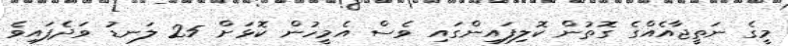
މީގެ ނަތީޖާއެެއްގެ ގޮތުން ކޮލިފައިންގައި ވެސް އެމީހުން ކޮޅަށް 25 ލަނޑު ވަދެފައިވެ